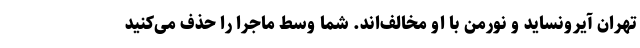
تهران آیرونساید و نورمن با او مخالف‌اند. شما وسط ماجرا را حذف می‌کنید